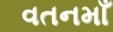
વતનમાઁ